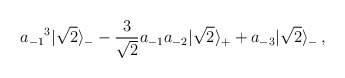
\begin{align*}{a_{-1}}^3|\sqrt 2\rangle_- - {3\over \sqrt 2} a_{-1}a_{-2}|\sqrt 2\rangle_++ a_{-3}|\sqrt 2\rangle_-\,,\end{align*}